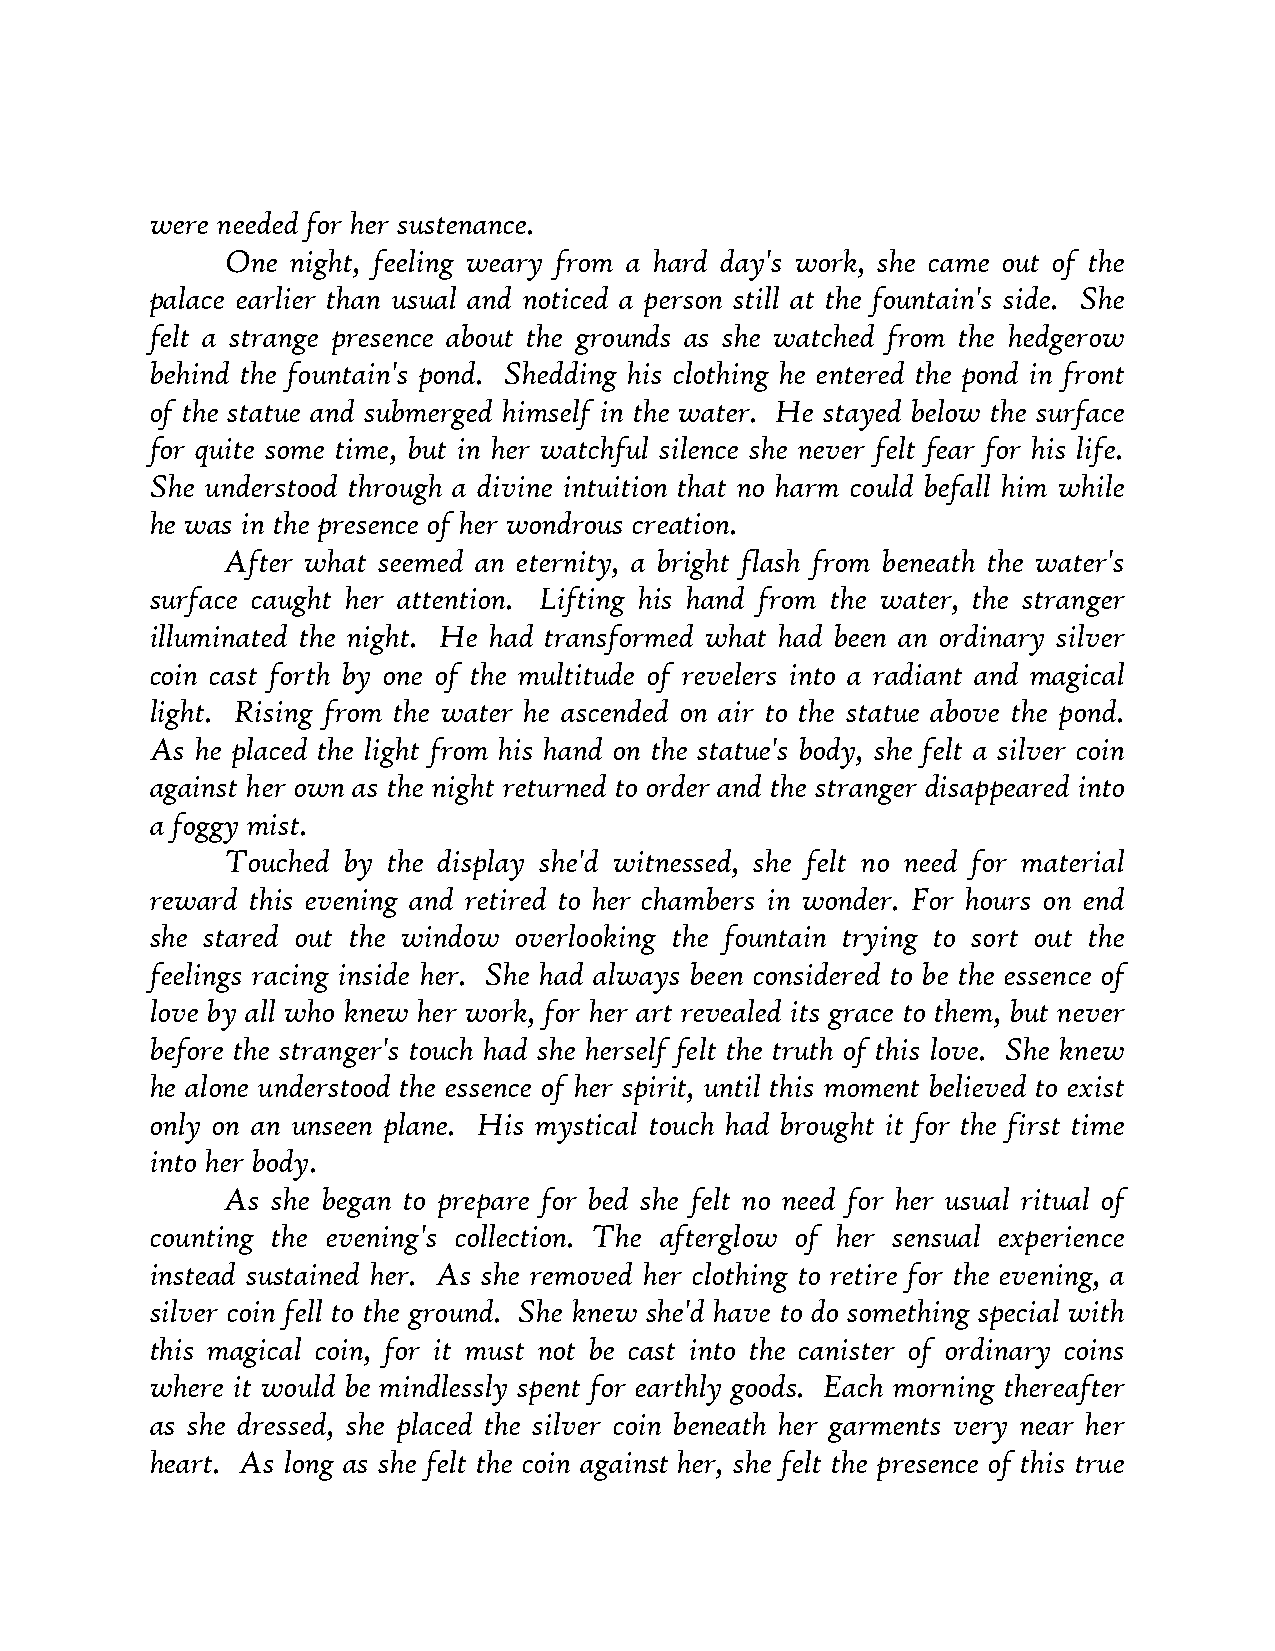
were needed for her sustenance.
 One night, feeling weary from a hard day's work, she came out of the
 palace earlier than usual and noticed a person still at the fountain's side. She
 felt a strange presence about the grounds as she watched from the hedgerow
 behind the fountain's pond. Shedding his clothing he entered the pond in front
 of the statue and submerged himself in the water. He stayed below the surface
 for quite some time, but in her watchful silence she never felt fear for his life.
 She understood through a divine intuition that no harm could befall him while
 he was in the presence of her wondrous creation.
 After what seemed an eternity, a bright flash from beneath the water's
 surface caught her attention. Lifting his hand from the water, the stranger
 illuminated the night. He had transformed what had been an ordinary silver
 coin cast forth by one of the multitude of revelers into a radiant and magical
 light. Rising from the water he ascended on air to the statue above the pond.
 As he placed the light from his hand on the statue's body, she felt a silver coin
 against her own as the night returned to order and the stranger disappeared into
 a foggy mist.
 Touched by the display she'd witnessed, she felt no need for material
 reward this evening and retired to her chambers in wonder. For hours on end
 she stared out the window overlooking the fountain trying to sort out the
 feelings racing inside her. She had always been considered to be the essence of
 love by all who knew her work, for her art revealed its grace to them, but never
 before the stranger's touch had she herself felt the truth of this love. She knew
 he alone understood the essence of her spirit, until this moment believed to exist
 only on an unseen plane. His mystical touch had brought it for the first time
 into her body.
 As she began to prepare for bed she felt no need for her usual ritual of
 counting the evening's collection. The afterglow of her sensual experience
 instead sustained her. As she removed her clothing to retire for the evening, a
 silver coin fell to the ground. She knew she'd have to do something special with
 this magical coin, for it must not be cast into the canister of ordinary coins
 where it would be mindlessly spent for earthly goods. Each morning thereafter
 as she dressed, she placed the silver coin beneath her garments very near her
 heart. As long as she felt the coin against her, she felt the presence of this true